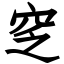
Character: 窆